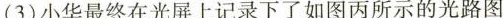
(3)小华最终在光屏上记录下了如图丙所示的光路图